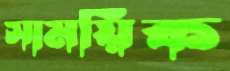
সাময়িক